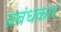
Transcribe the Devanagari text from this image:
प्रबंधकार